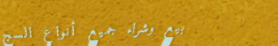
بيع وشراء جميع أنواع السج